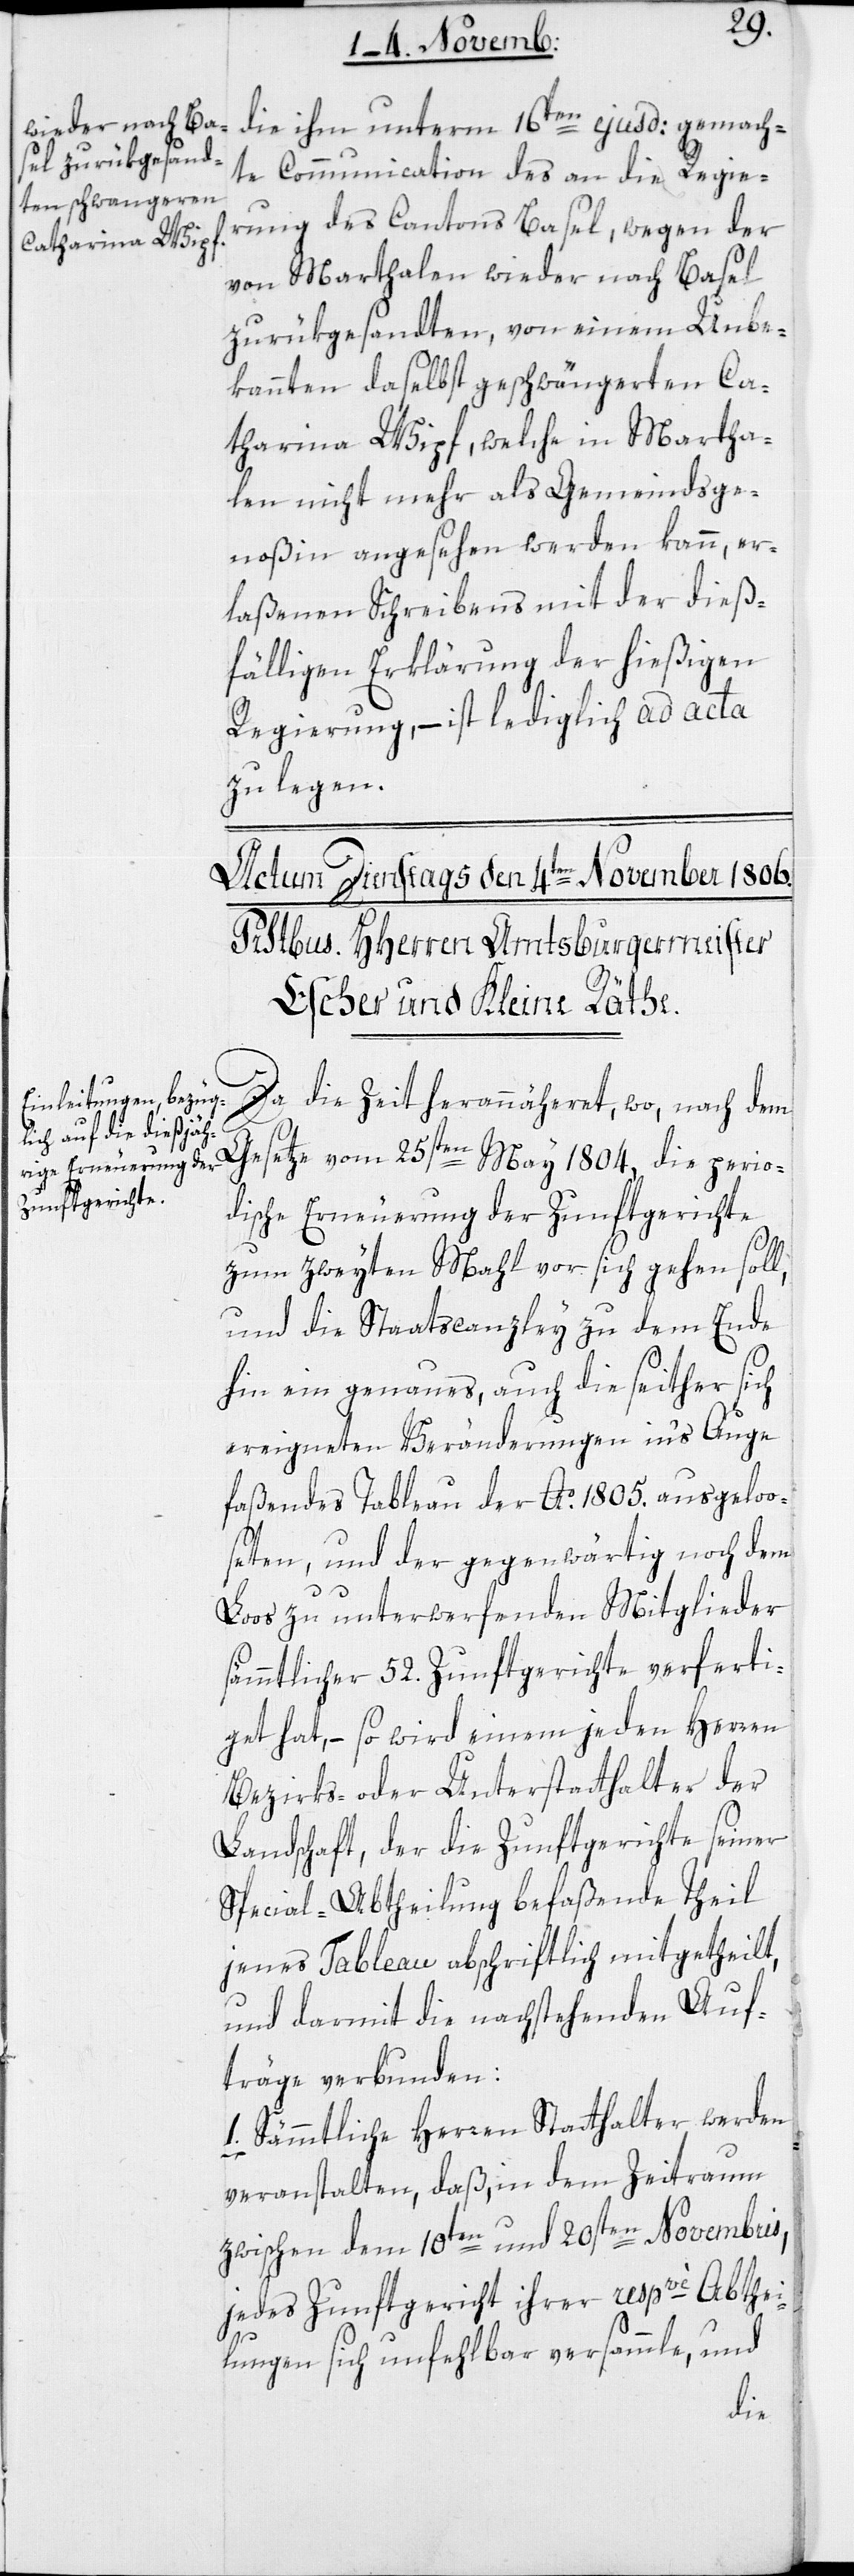
die ihm unterm 16ten ejusd: gemach¬
te Communication des an die Regie¬
rung des Cantons Basel, wegen der
von Marthalen wieder nach Basel
zurükgesandten, von einem Unbe¬
kannten daselbst geschwängerten Ca¬
tharina Wipf, welche in Martha¬
len nicht mehr als Gemeindsge¬
noßin angesehen werden kann, er¬
laßenen Schreibens mit der dieß¬
fälligen Erklärung der hießigen
Regierung, – ist lediglich ad acta
zu legen.
Da die Zeit herannäheret, wo nach dem
Gesetze vom 25sten May 1804. die perio¬
dische Erneuerung der Zunftgerichte
zum zweyten Mal vor sich gehen soll,
und die Staatscanzley zu dem Ende
hin ein genaues, auch die seither sich
ereigneten Veränderungen ins Auge
faßendes Tableau der Ao. 1805. ausgeloo¬
seten, und der gegenwärtig noch dem
Loos zu unterwerfenden Mitglieder
sämmtlicher 52. Zunftgerichte verferti¬
get hat, – so wird einem jeden Herren
Bezirks- oder Unterstatthalter der
Landschaft, der die Zunftgerichte seiner
Special-Abtheilung befaßende Theil
jenes Tableau abschriftlich mitgetheilt,
und darmit die nachstehenden Auf¬
träge verbunden:
1. Sämmtliche Herren Statthalter werden
veranstalten, daß, in dem Zeitraum
zwischen dem 10ten und 20sten Novembris,
jedes Zunftgericht ihrer respvè Abthei¬
lungen sich unfehlbar versammle, und